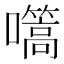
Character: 𭌬